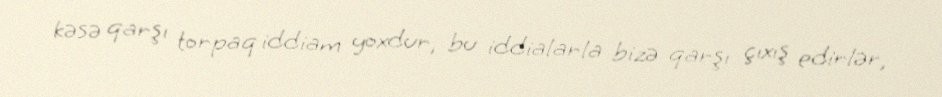
kəsə qarşı torpaq iddiam yoxdur, bu iddialarla bizə qarşı çıxış edirlər,